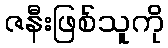
ဇနီးဖြစ်သူကို